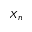
X _ { n }